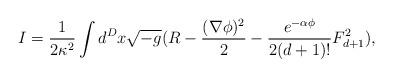
LaTeX: \begin{align*}I=\frac{1}{2\kappa ^{2}}\int d^{D}x\sqrt{-g} (R-\frac{(\nabla \phi)^2}{2} -\frac{e^{-\alpha \phi}}{2(d+1)!}F^{2}_{d+1}), \end{align*}